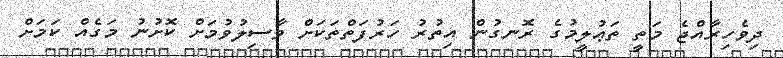
ދިވެހިރާއްޖެ މަތީ ތަޢުލީމުގެ ރޮނގުން އިތުރު ހަރުފަތްތަކަށް ވާސިލުވުމަށް ކޮށުނު މަގެއް ކަމަށް